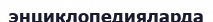
энциклопедияларда